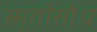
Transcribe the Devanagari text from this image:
स्मृतीसौध